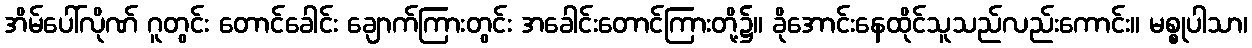
အိမ်ပေါ်လိုဏ် ဂူတွင်း တောင်ခေါင်း ချောက်ကြားတွင်း အခေါင်းတောင်ကြားတို့၌။ ခိုအောင်းနေထိုင်သူသည်လည်းကောင်း။ မစ္စုပါသာ၊